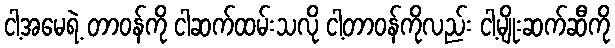
ငါ့အမေရဲ့ တာဝန်ကို ငါဆက်ထမ်းသလို ငါ့တာဝန်ကိုလည်း ငါ့မျိုးဆက်ဆီကို